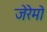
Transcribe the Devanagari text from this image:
जेरेमो